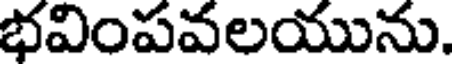
భవింపవలయును.